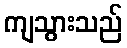
ကျသွားသည်